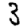
Digit: 3